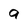
Character: a